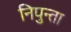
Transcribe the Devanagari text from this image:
निपुन्ता